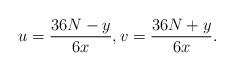
LaTeX: \begin{align*}u=\frac{36N-y}{6x},v=\frac{36N+y}{6x}.\end{align*}